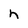
Character: h